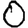
Digit: 0